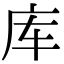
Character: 库